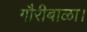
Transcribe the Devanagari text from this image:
गौरीबाळा।